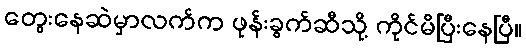
တွေးနေဆဲမှာလက်က ဖုန်းခွက်ဆီသို့ ကိုင်မိပြီးနေပြီ။